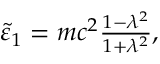
\begin{array} { r } { \tilde { \varepsilon } _ { 1 } = m c ^ { 2 } \frac { 1 - \ensuremath { \lambda } ^ { 2 } } { 1 + \ensuremath { \lambda } ^ { 2 } } , } \end{array}